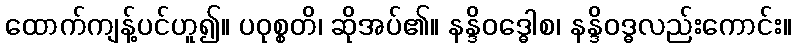
ထောက်ကျန့်ပင်ဟူ၍။ ပဝုစ္စတိ၊ ဆိုအပ်၏။ နန္ဒိဝဒ္ဓေါစ၊ နန္ဒိဝဒ္ဓလည်းကောင်း။